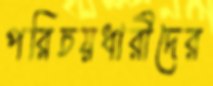
পরিচয়ধারীদের